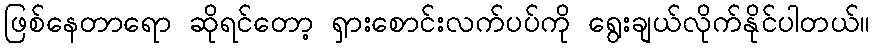
ဖြစ်နေတာရော ဆိုရင်တော့ ရှားစောင်းလက်ပပ်ကို ရွေးချယ်လိုက်နိုင်ပါတယ်။